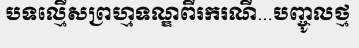
បទល្មើសព្រហ្មទណ្ឌពីរករណី...បញ្ចូលថ្ម